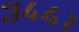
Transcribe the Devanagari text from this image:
३४४१